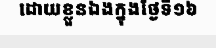
ដោយខ្លួនឯងក្នុងថ្ងៃទី១៦